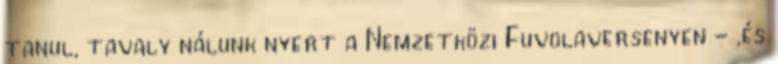
tanul, tavaly nálunk nyert a Nemzetközi Fuvolaversenyen - ,és